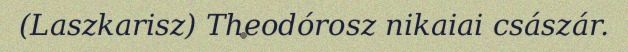
(Laszkarisz) Theodórosz nikaiai császár.